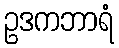
ဥဒကဘာရံ